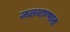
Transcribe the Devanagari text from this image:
जलबाष्पात